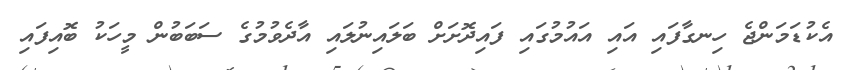
އެކުޑަމަންޖެ ހިނގާފައި އައި އައުމުގައި ފައިދޮށަށް ބަލައިނުލައި އާދެވުމުގެ ސަބަބުން މީހަކު ބޮއިފައި